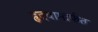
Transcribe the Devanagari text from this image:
हृदयामार्फत